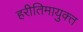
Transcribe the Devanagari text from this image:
हरीतिमायुक्‍त